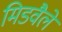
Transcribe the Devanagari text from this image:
मिडवैले